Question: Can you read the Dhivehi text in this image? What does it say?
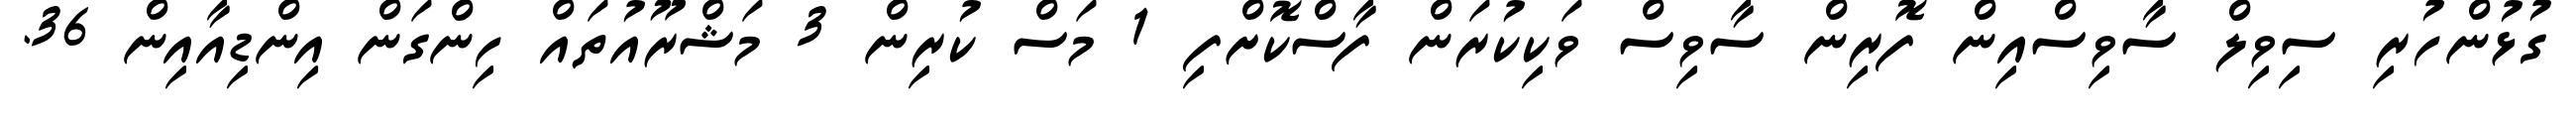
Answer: ގުޅުންހުރި ސިވިލް ސާވިސްއިން ފޮރިން ސާވިސް ވަކިކުރަން ފާސްކޮށްފި 1 މަސް ކުރިން 3 މަޝްރޫއުތައް ހިންގަން އިންޑިއާއިން 36.